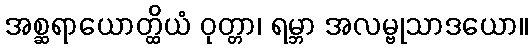
အစ္ဆရာယောတ္ထိယံ ဝုတ္တာ၊ ရမ္ဘာ အလမ္ဗုသာဒယော။